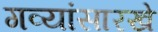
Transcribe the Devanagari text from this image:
गव्यांसारखे